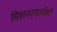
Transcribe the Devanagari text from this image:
मिशनर्‍यांनीही